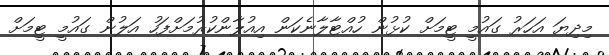
މިދިޔަ އަހަރު ގައުމީ ޓީމަށް ކުޅުން ހުއްޓާލާނެކަން އިއުލާންކުރުމަށްފަހު އަލުން ގައުމީ ޓީމަށް